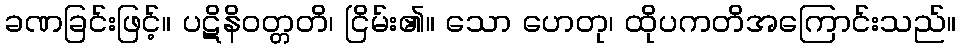
ခဏခြင်းဖြင့်။ ပဋိနိဝတ္တတိ၊ ငြိမ်း၏။ သော ဟေတု၊ ထိုပကတိအကြောင်းသည်။